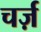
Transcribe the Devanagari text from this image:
चर्ज़